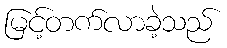
မြင့်တက်လာခဲ့သည်